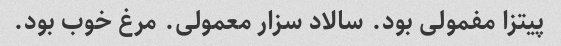
پیتزا مفمولی بود. سالاد سزار معمولی. مرغ خوب بود.